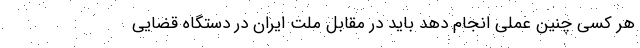
هر کسی چنین عملی انجام دهد باید در مقابل ملت ایران در دستگاه قضایی